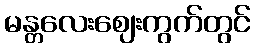
မန္တလေးဈေးကွက်တွင်